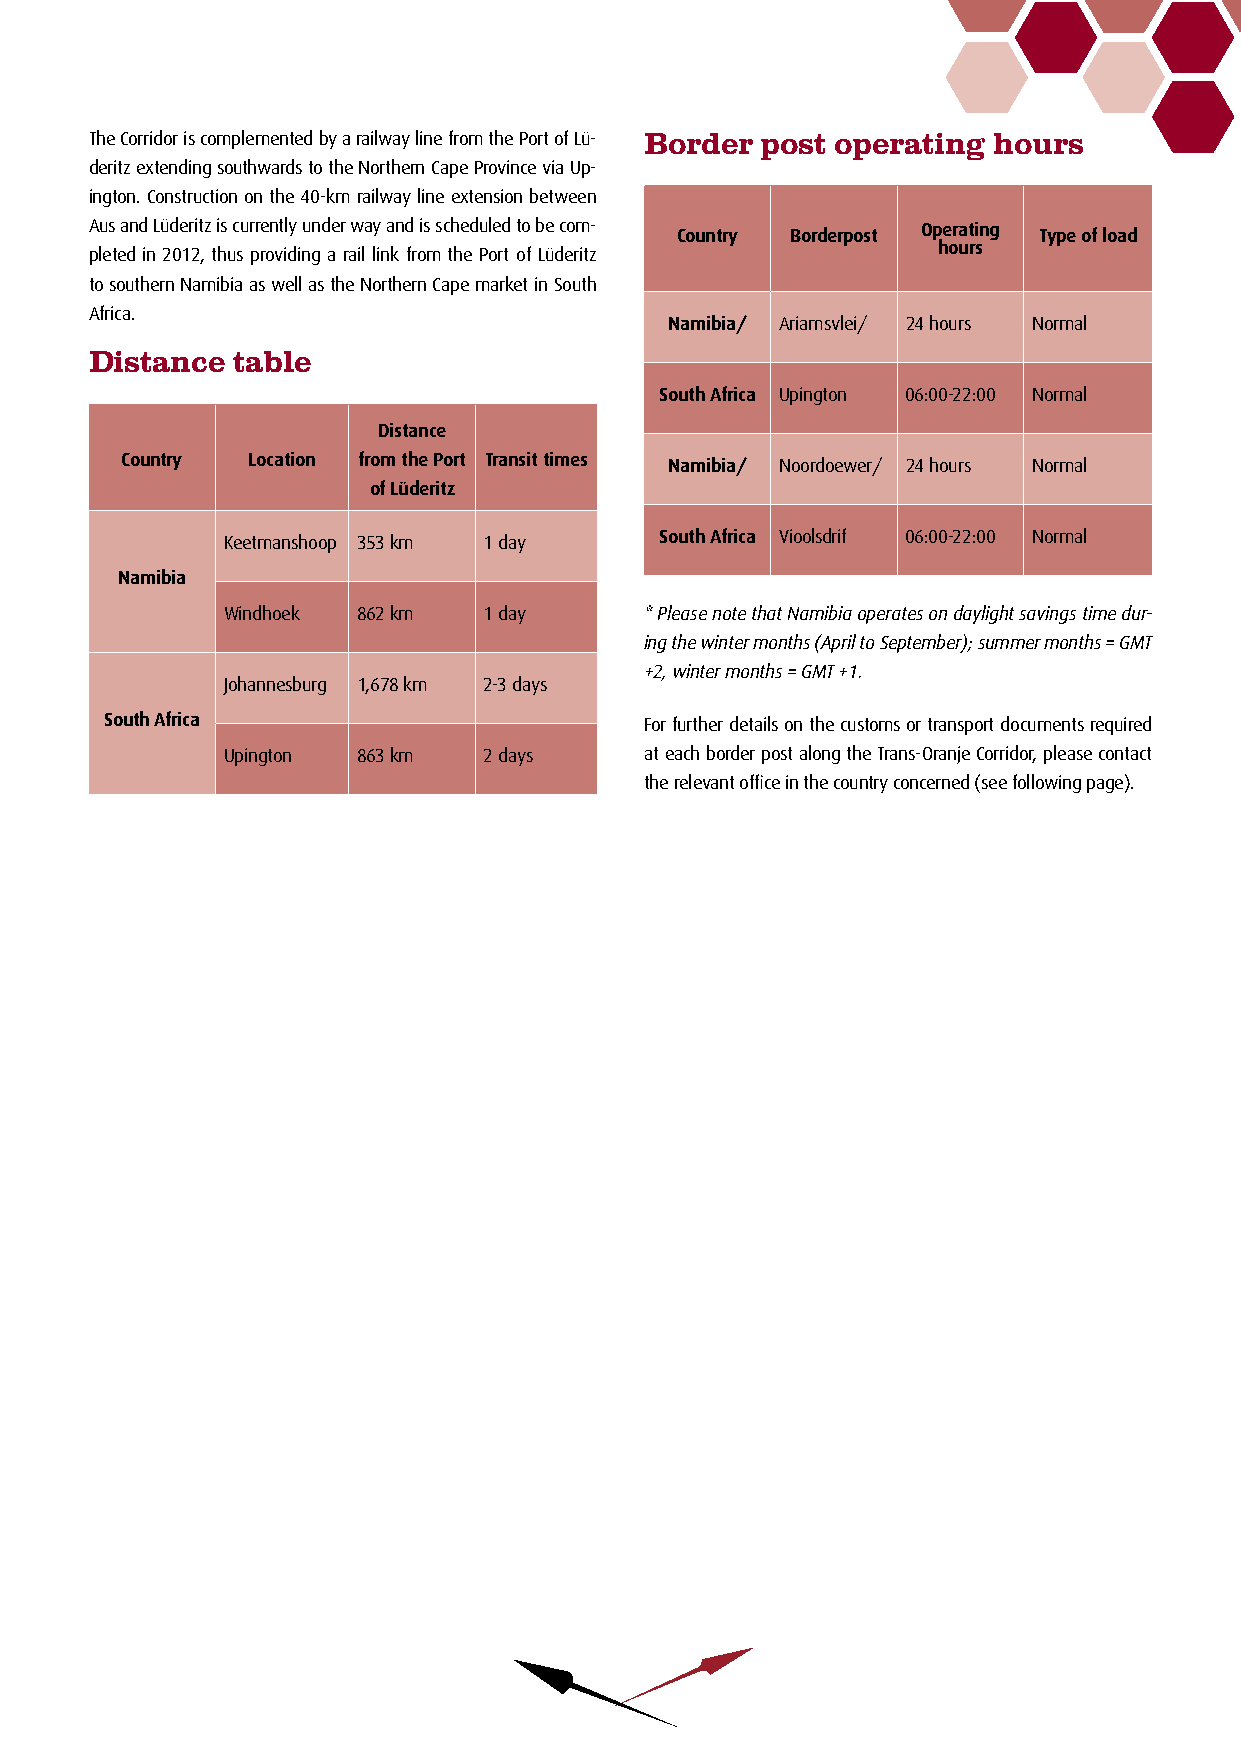
The Corridor is complemented by a railway line from the Port of Lü- Border post operating hours
 deritz extending southwards to the Northern Cape Province via Up-
 ington. Construction on the 40-km railway line extension between
 Aus and Lüderitz is currently under way and is scheduled to be com- Country Borderpost Operating Type of load
 hours
 pleted in 2012, thus providing a rail link from the Port of Lüderitz
 to southern Namibia as well as the Northern Cape market in South
 Africa.
 Namibia/ Ariamsvlei/ 24 hours Normal
 Distance table
 South Africa Upington 06:00-22:00 Normal
 Distance
 Country Location from the Port Transit times Namibia/ Noordoewer/ 24 hours Normal
 of Lüderitz
 Keetmanshoop 353 km 1 day    South Africa Vioolsdrif 06:00-22:00 Normal
 Namibia
 Windhoek 862 km  1 day      *Please note that Namibia operates on daylight savings time dur-
 ing the winter months (April to September); summer months = GMT
 +2, winter months = GMT +1.
 Johannesburg 1,678 km 2-3 days
 South Africa                        For further details on the customs or transport documents required
 Upington 863 km  2 days     at each border post along the Trans-Oranje Corridor, please contact
 the relevant office in the country concerned (see following page).